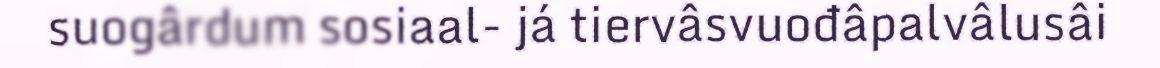
suogârdum sosiaal- já tiervâsvuođâpalvâlusâi